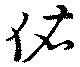
佑